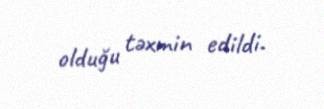
olduğu təxmin edildi.